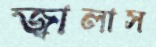
জ্বালাস